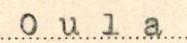
Oula